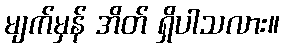
မျက်မှန် အိတ် ရှိပါသလား။